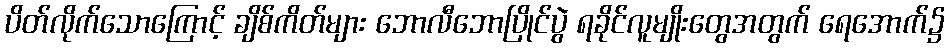
ပိတ်လိုက်သောကြောင့် ချိစ်ကိတ်များ ဘောလီဘောပြိုင်ပွဲ ရခိုင်လူမျိုးတွေအတွက် ရေအောက်၌